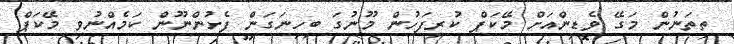
ތިތަނުން މަގޭ ވެޑިންއަށް މޭކަޕް ކުރިފަހުން މޫނުގަ ބިހިނަގަން ފެށުންނޫން ކަމެއްނުވި މޭކަޕް